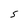
Character: S